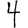
Digit: 4